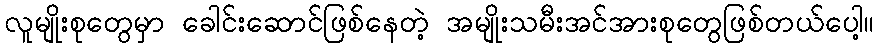
လူမျိုးစုတွေမှာ ခေါင်းဆောင်ဖြစ်နေတဲ့ အမျိုးသမီးအင်အားစုတွေဖြစ်တယ်ပေါ့။